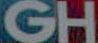
GH